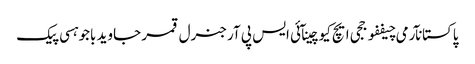
پاکستانآرمی چیففوججی ایچ کیوچینآئی ایس پی آرجنرل قمر جاوید باجوہسی پیک